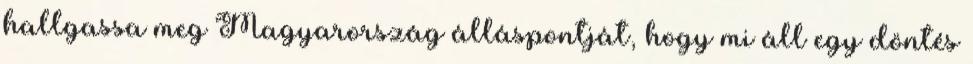
hallgassa meg Magyarország álláspontját, hogy mi áll egy döntés